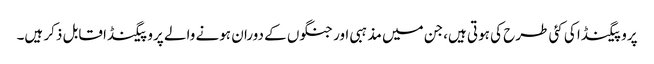
پروپیگنڈا کی کئی طرح کی ہوتی ہیں،جن میں مذہبی اور جنگوں کے دوران ہونے والے پروپیگنڈا قابل ذکر ہیں۔